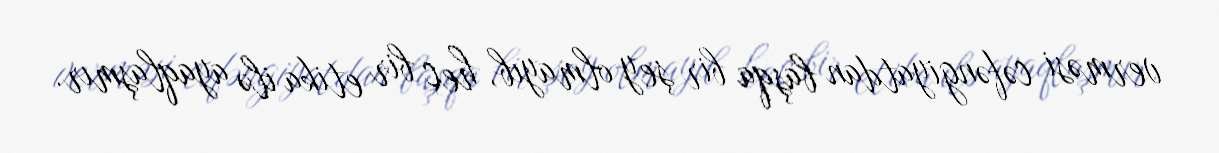
verməsi cəfəngiyatdan başqa bir şey olmayıb, heç bir etika ilə ayaqlaşmır.